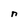
Character: n